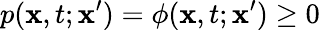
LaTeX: p(\mathbf{x},t;\mathbf{x}^{\prime})=\phi(\mathbf{x},t;\mathbf{x}^{\prime})\geq 0